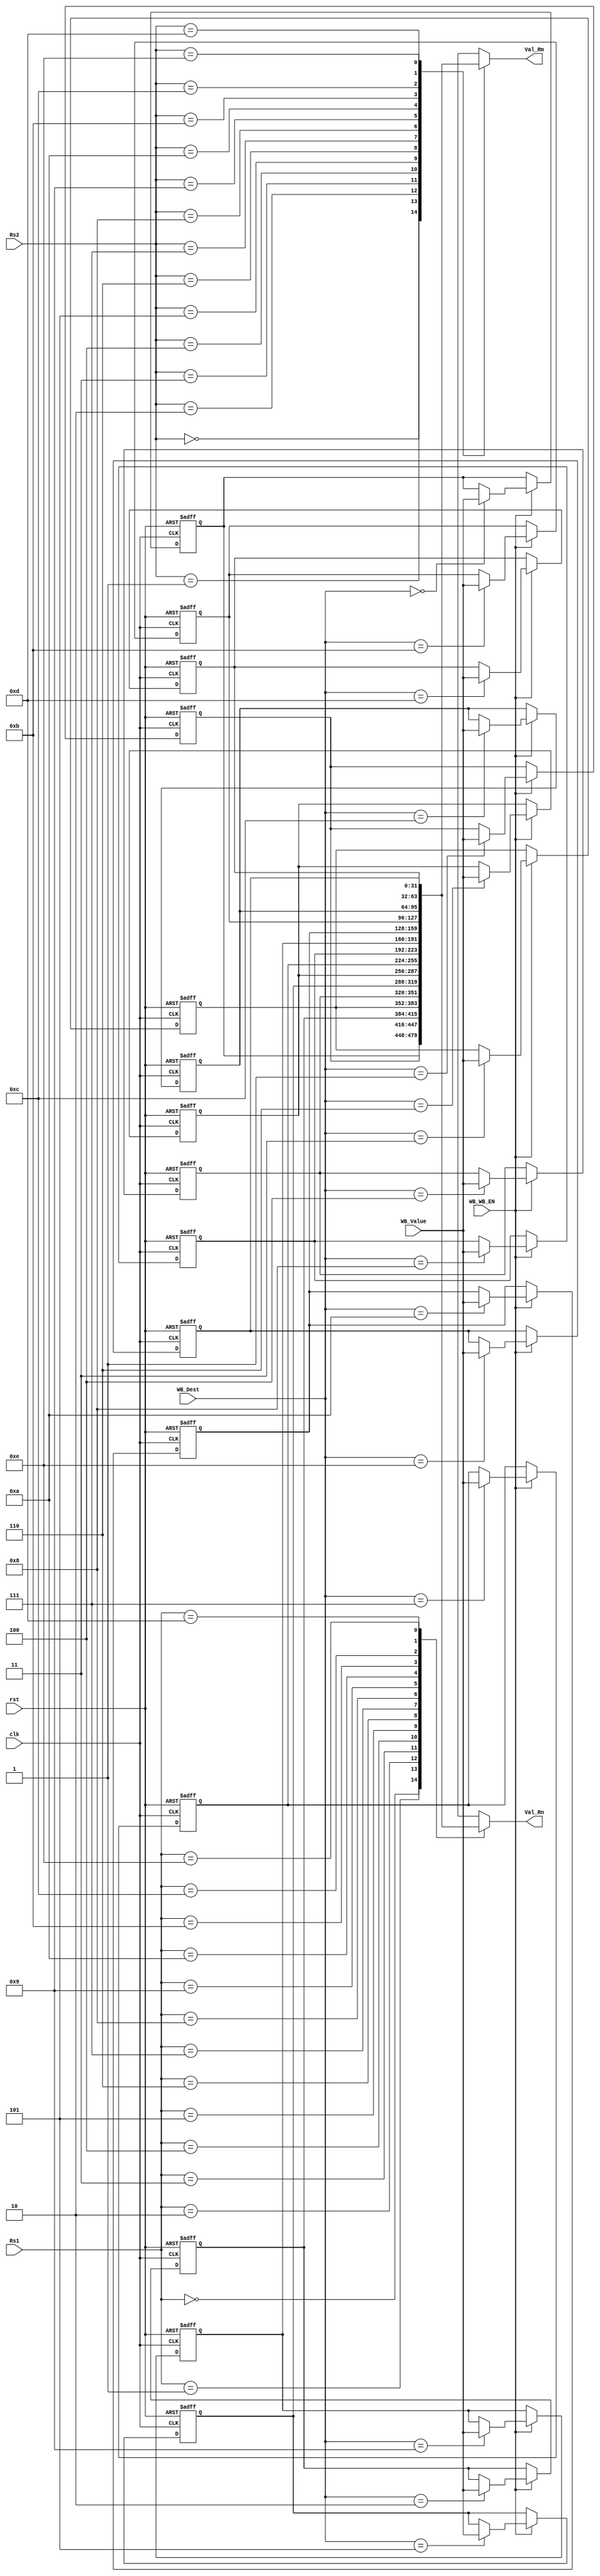
module RegisterFile (
    input clk, rst,
    input [3:0] WB_Dest, Rs1, Rs2,
    input [31:0] WB_Value,
    input WB_WB_EN,
    output [31:0] Val_Rn, Val_Rm
  );

  reg [31:0] RegFile [0:14];

  integer i;

  initial
  begin
    for (i = 0; i < 15 ; i = i + 1 )
      RegFile[i] = i;
  end

  assign Val_Rn = RegFile[Rs1];
  assign Val_Rm = RegFile[Rs2];

  always @(negedge clk, posedge rst)
  begin
    if (rst)
      for (i = 0; i < 15 ; i = i + 1 )
        RegFile[i] <= i;
    else if (WB_WB_EN)
      RegFile[WB_Dest] <= WB_Value;
  end

endmodule